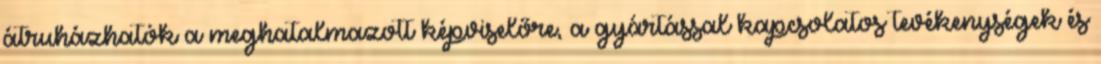
átruházhatók a meghatalmazott képviselőre, a gyártással kapcsolatos tevékenységek és